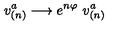
v _ { ( n ) } ^ { a } \longrightarrow e ^ { n \varphi } \ v _ { ( n ) } ^ { a }